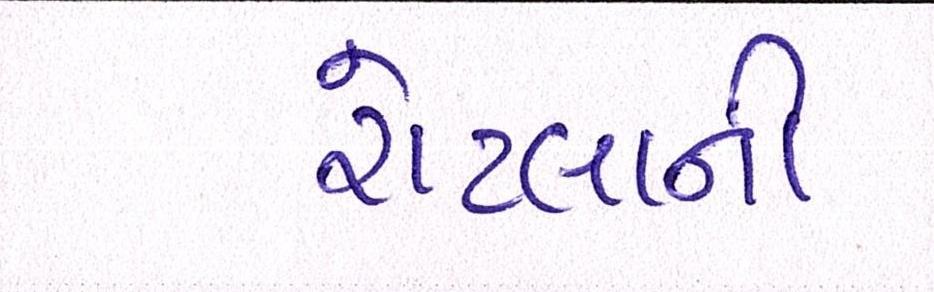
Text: રોટલાની